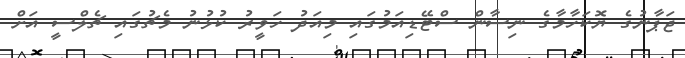
ޖަޕާނުގެ ޔޮކަހާމާގެ ނިސާން ސްޓޭޑިއަމުގައި މިއަދު ހަވީރު ކުޅުނު މެޗުގައި ޗެލްސީ އަށް